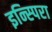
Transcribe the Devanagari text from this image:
इन्स्पिरा